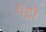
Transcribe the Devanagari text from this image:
पँट्री